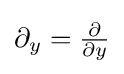
{\textstyle \partial _{y}={\frac {\partial }{\partial y}}}